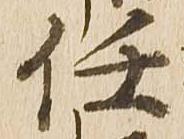
任